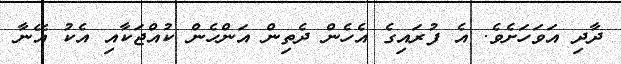
ދާދި އަވަހަށެވެ. އެ ފުރައިގެ އެހެން ދެތިން އަންހެން ކުއްޖަކާއި އެކު އޭނާ